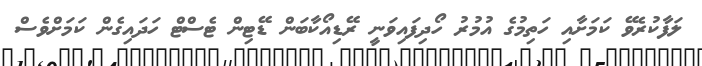
ލަފާކުރެވޭ ކަމަށާއި ހަތިމުގެ އުމުރު ހޯދިފައިވަނީ ރޭޑިއޯކާބަން ޑޭޓިން ޓެސްޓް ހަދައިގެން ކަމަށްވެސް